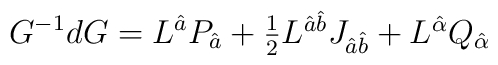
G^{-1}dG=L^{\hat{a}}P_{\hat{a}}+\textstyle{\frac{1}{2}}L^{\hat{a}\hat{b}}J_{\hat{a}\hat{b}}+L^{\hat{\alpha}}Q_{\hat{\alpha}}